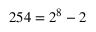
2 5 4 = 2 ^ { 8 } - 2